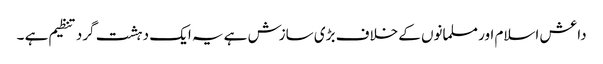
داعش اسلام اور مسلمانوں کے خلاف بڑی سازش ہے یہ ایک دہشت گرد تنظیم ہے ۔